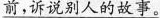
\underline{前 ，诉说别人的故事。}